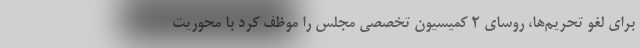
برای لغو تحریم‌ها، روسای ۲ کمیسیون تخصصی مجلس را موظف کرد با محوریت